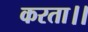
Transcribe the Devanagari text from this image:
करता।।